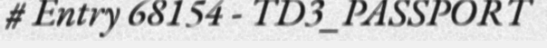
# Entry 68154 - TD3_PASSPORT